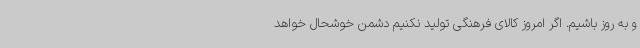
و به روز باشیم. اگر امروز کالای فرهنگی تولید نکنیم دشمن خوشحال خواهد